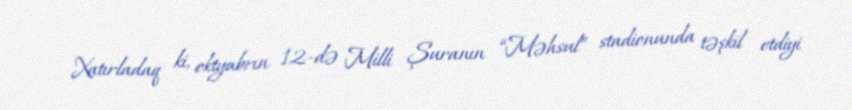
Xatırladaq ki, oktyabrın 12-də Milli Şuranın “Məhsul” stadionunda təşkil etdiyi